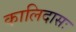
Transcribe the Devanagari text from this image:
कालिदासः